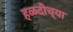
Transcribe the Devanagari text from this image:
हळदीच्या